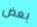
بعض